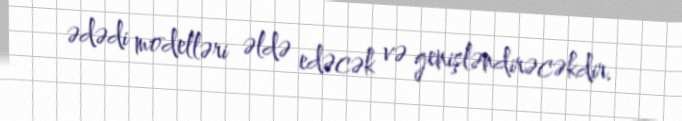
ədədi modelləri əldə edəcək və genişləndirəcəkdir.